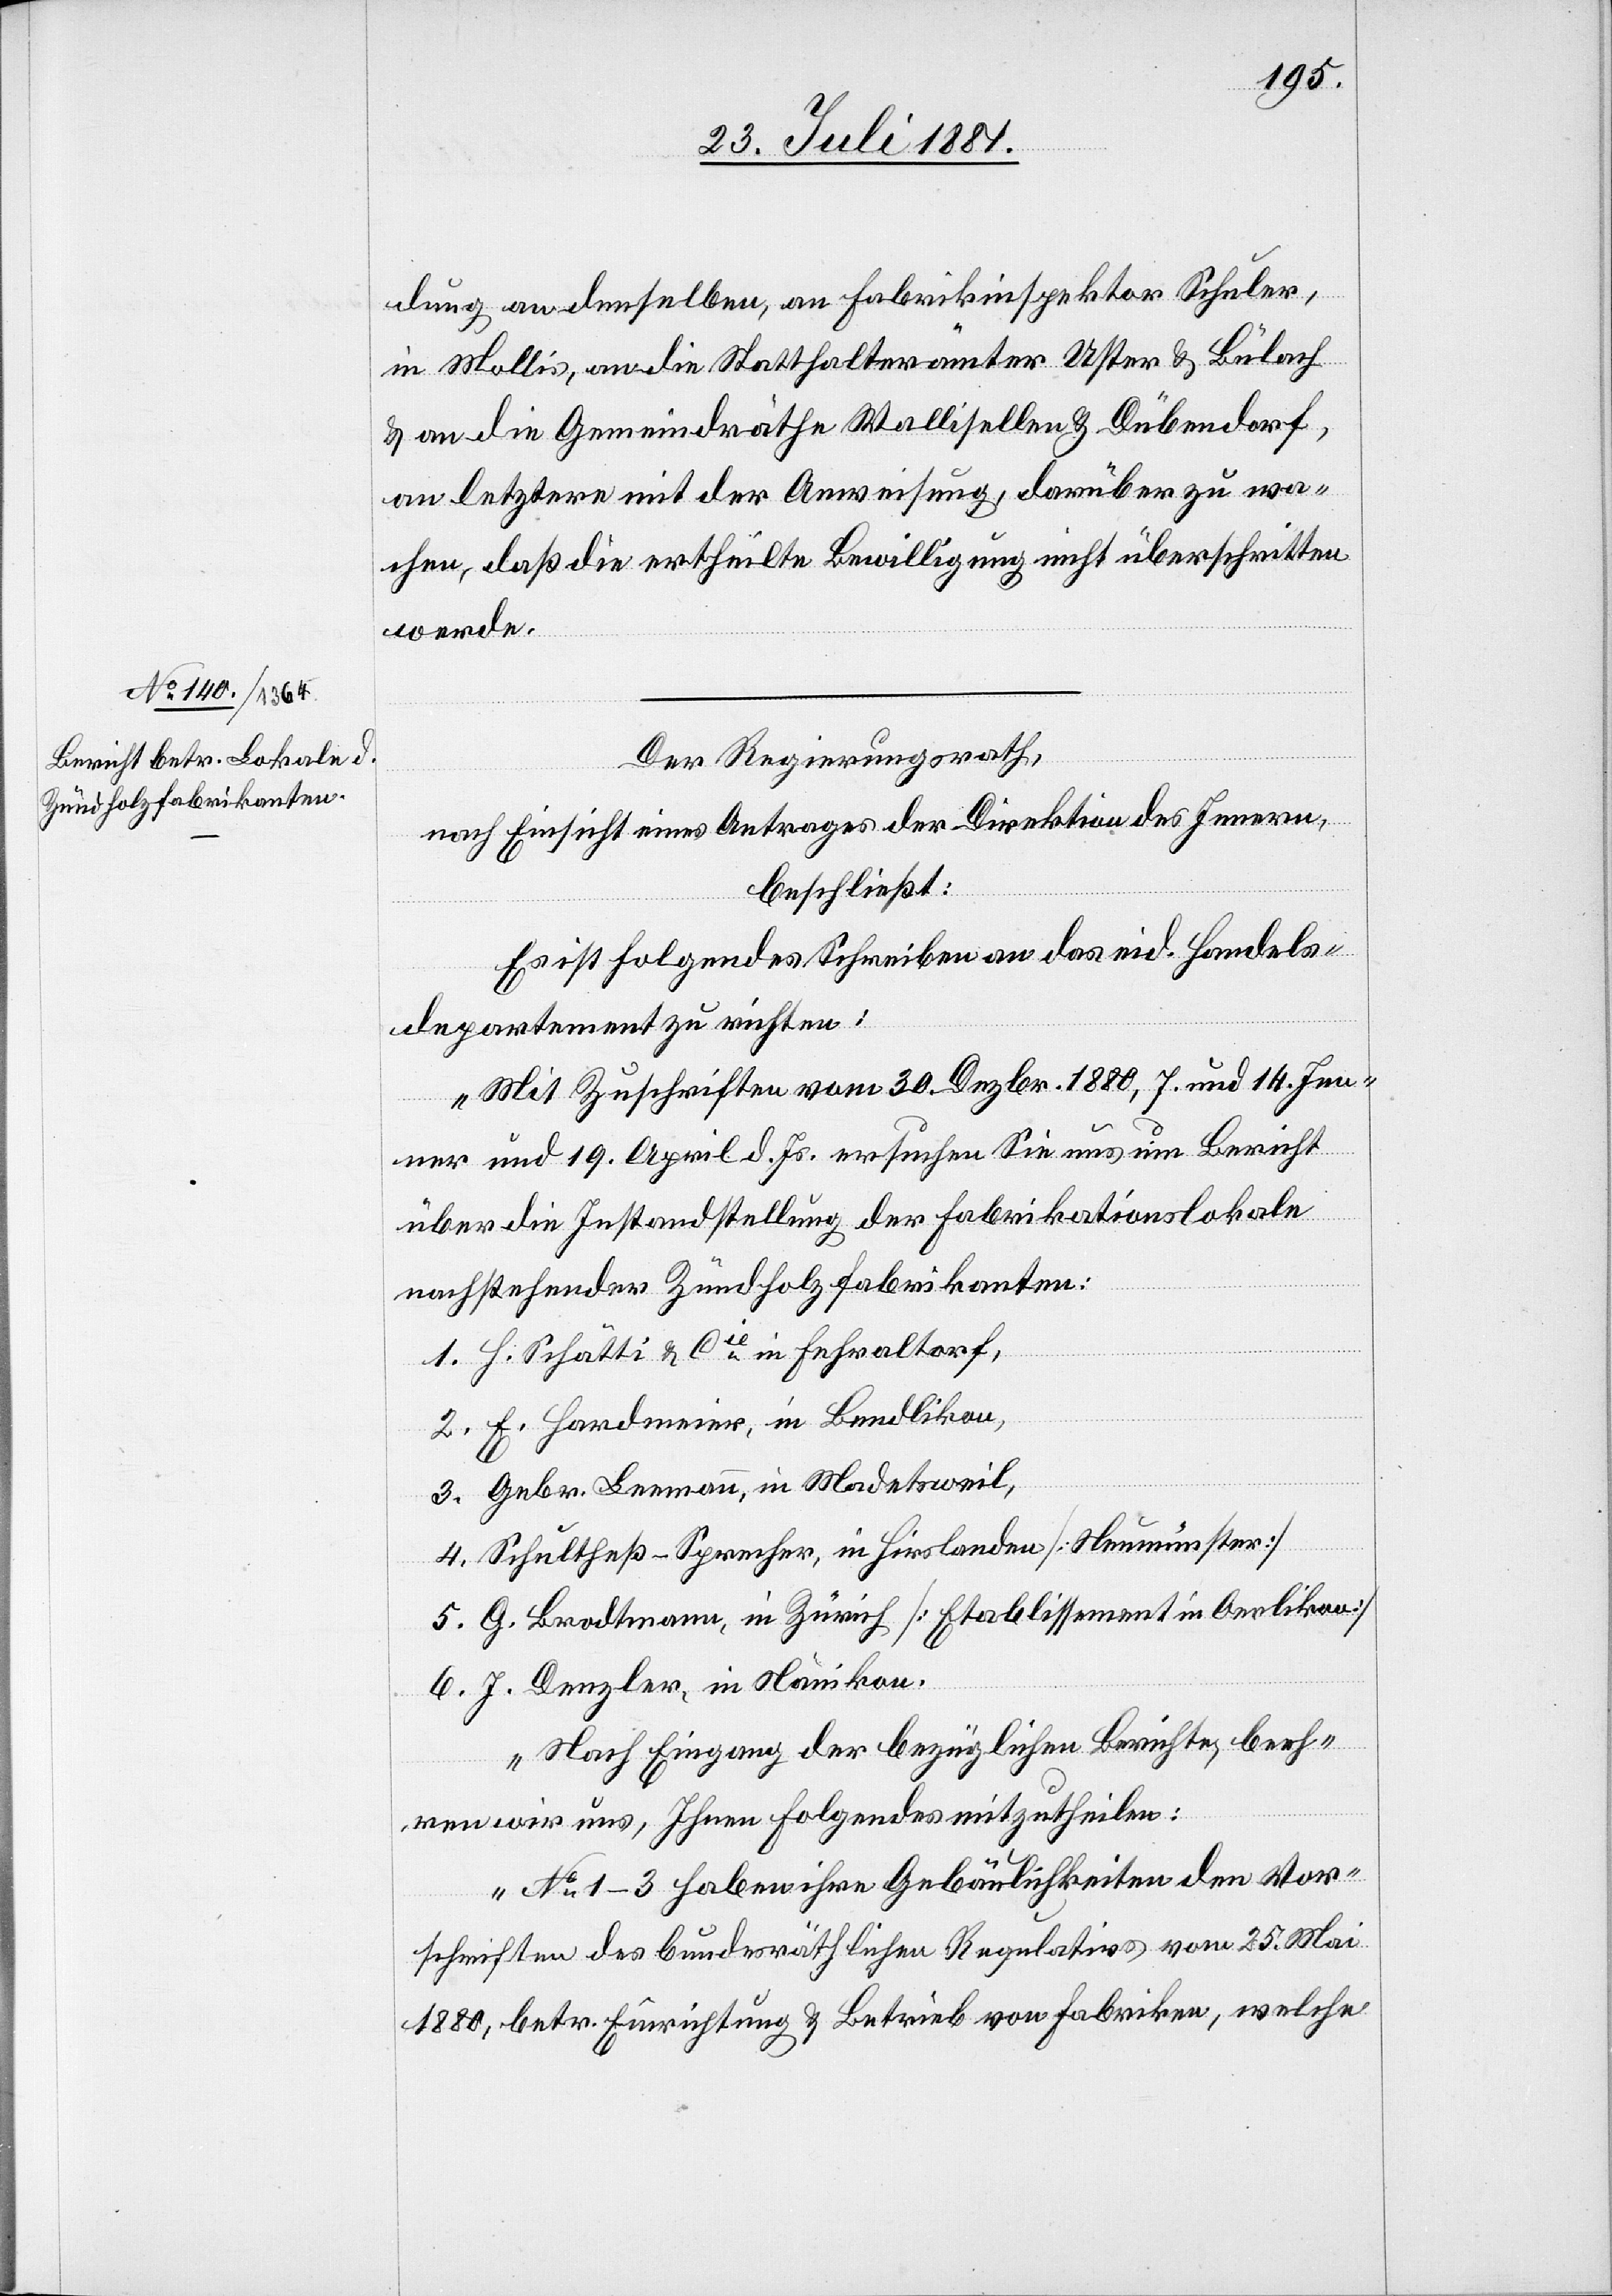
dung an denselben, an Fabrikinspektor Schuler,
in Mollis, an die Statthalterämter Uster & Bülach
& an die Gemeindräthe Wallisellen & Dübendorf,
an letztere mit der Anweisung, darüber zu wa¬
chen, daß ertheilte Bewilligung nicht überschritten
werde.
Der Regierungsrath,
nach Einsicht eines Antrages der Direktion des Innern,
beschließt:
Es ist folgendes Schreiben an das eid. Handels¬
departement zu richten:
„Mit Zuschriften vom 30. Dezbr. 1880, 7. und 14. Jen¬
ner und 19. April d. Js. ersuchen Sie uns um Bericht
über die Instandstellung der Fabrikationslokale
nachstehender Zündholzfabrikanten:
1. H. Schätti & Cie in Fehraltorf,
2. E. Hardmeier, in Bendlikon,
3. Gebr. Leemann, in Madetsweil,
vom 25.
4. Schultheß-Sprecher, in Hirslanden [Neumeister]
5. G. Brodtmann, in Zürich [Etablissement in Oerlikon]
6. J. Denzler, in Nänikon.
„Nach Eingang der bezüglichen Berichte, beeh¬
ren wir uns, Ihnen Folgendes mitzutheilen:
No 1–3 haben ihre Gebäulichkeiten den Vor¬
schriften des bundesräthlichen Regulativs (Regula¬
1880, betr. Einrichtung & Betrieb von Fabriken, welche